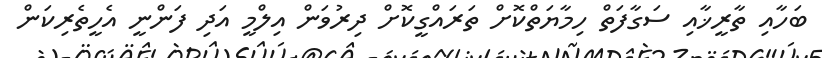
ބަހާއި ތާރީޚާއި ސަގާފަތް ހިމާޔަތްކޮށް ތަރައްގީކޮށް ދިރުވަން އިލްމީ އަދި ފަންނީ އެހީތެރިކަން